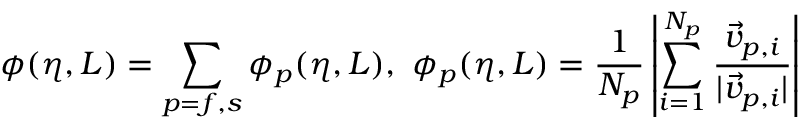
\phi ( \eta , L ) = \sum _ { p = f , s } \phi _ { p } ( \eta , L ) , \ \phi _ { p } ( \eta , L ) = \frac { 1 } { N _ { p } } \left| \sum _ { i = 1 } ^ { N _ { p } } \frac { { \vec { v } } _ { p , i } } { | { \vec { v } } _ { p , i } | } \right|